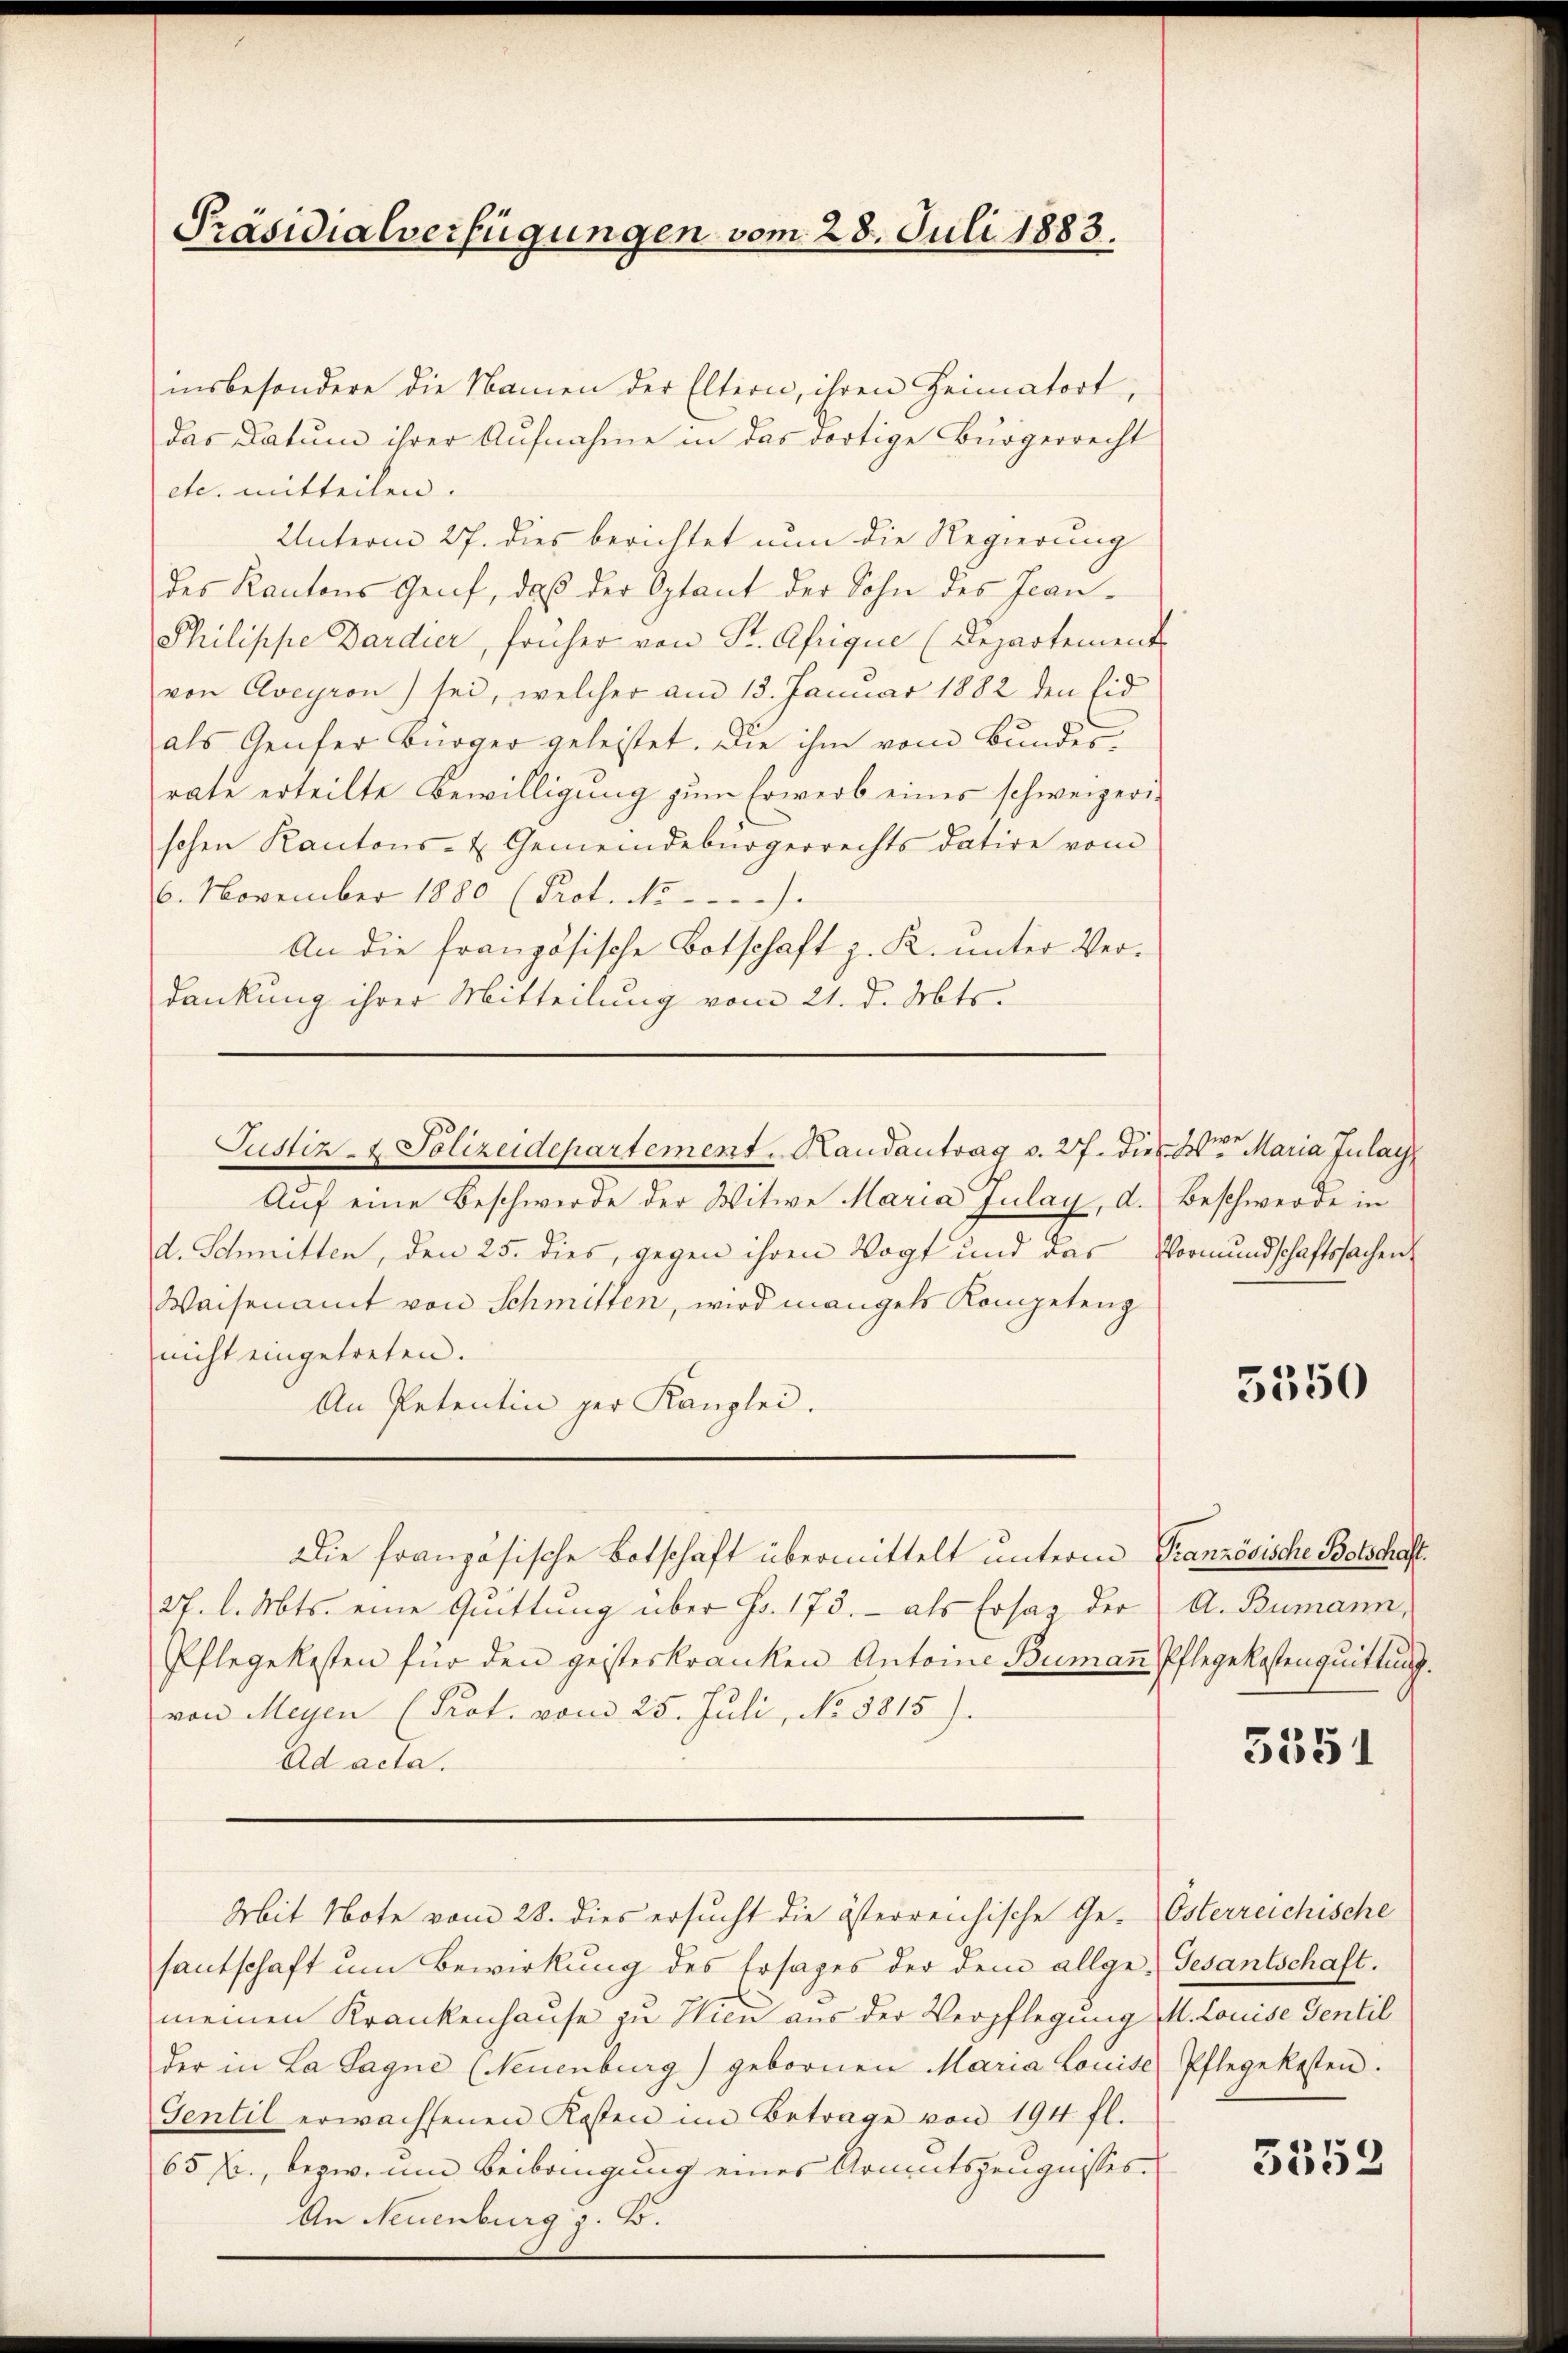
insbesondere die Namen der Eltern, ihren Heimatort,
das Datum ihrer Aufnahme in das dortige Bürgerrecht
etc. mitteilen.
Unterm 27. dies berichtet nun die Regierung
des Kantons Genf, daß der Optant der Sohn des Jean¬
Philippe Dardier, früher von Sr. Afrique (Departement
von Eveyron) sei, welcher am 13. Januar 1882 den Eid
als Genfer Bürger geleistet. Die ihm vom Bundes,
rate erteilte Bewilligung zum Erwerb eines schweizeri-
schen Kantons- & Gemeindebürgerrechts datire vom
6. November 1880 (Prot. No.
An die französische Botschaft z. K. unter Verdankung ihrer Mitteilung vom 21. d. Mts.

Präsidialverfügungen vom 28. Juli 1883.

Justiz- & Polizeidepartement. Handantrag v. 27. dies der Maria Julag

Auf eine Beschwerde der Witwe Maria Julay, d. Beschwerde in
d. Schmitten, den 25. dies, gegen ihren Vogt und das Vormundschaftssachen
Waisenamt von Schmitten, wird mangels Kompeteng
nicht eingetreten.
An Petentin der Kanzlei.

27. l. Mts. eine Quittung über Fr. 173. - als Ersag der
Pflegekosten für den geisteskranken Antoine Bumann Pflegekostenquittung.
von Meyen (Prot. vom 25. Juli, No 5815).
Ad acta.

Die französische Botschaft übermittelt unterm Granzösische Botschaft.

Mit Note vom 28. dies ersucht die österreichische Ge- Osterreichische

santschaft um Bewirkung des Ersages der dem allge- Gesantschaft.
meinen Krankenhause zu Hicu aus der Verpflegung M. Louise Sentil
der in La Sagne (Neuenburg) gebornen Maria Louise Pflegekosten.
Sentil erwachsenen Kosten im Betrage von 194 fl.
65 f., bezweine Beibringung eines Armutszeugnisses.
An Neuenburg z. B.

5350

A. Bumann,

5351

3553